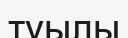
туылы